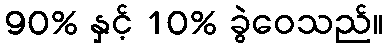
90% နှင့် 10% ခွဲဝေသည်။